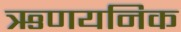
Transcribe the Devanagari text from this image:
ऋणयनिक